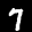
Label: 7